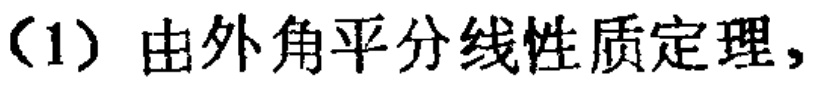
（1）由外角平分线性质定理，